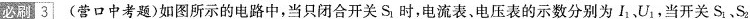
必刷3(营口中考题)如图所示的电路中，当只闭合开关S_{1}时，电流表、电压表的示数分别为I_{1}、U_{1}，当开关S_{1}、S_{2}